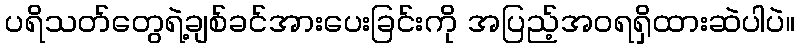
ပရိသတ်တွေရဲ့ချစ်ခင်အားပေးခြင်းကို အပြည့်အဝရရှိထားဆဲပါပဲ။